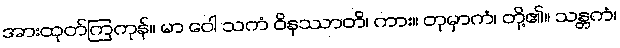
အားထုတ်ကြကုန်။ မာ ဝေါ သကံ ဝိနဿာတိ၊ ကား။ တုမှာကံ၊ တို့၏။ သန္တကံ၊